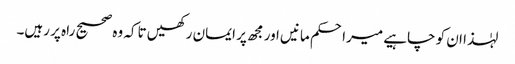
لہٰذا ان کو چاہیے میراحکم مانیں اور مجھ پر ایمان رکھیں تاکہ وہ صحیح راہ پر رہیں۔